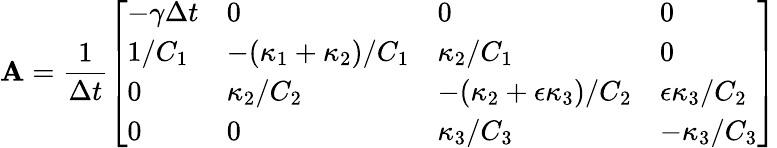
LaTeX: \mathbf{A}=\frac{1}{\Delta t}\left[\begin{array}{llll}{-\gamma\Delta t}&{0}&{0}&{0}\\ {1/C_{1}}&{-(\kappa_{1}+\kappa_{2})/C_{1}}&{\kappa_{2}/C_{1}}&{0}\\ {0}&{\kappa_{2}/C_{2}}&{-(\kappa_{2}+\epsilon\kappa_{3})/C_{2}}&{\epsilon\kappa_{3}/C_{2}}\\ {0}&{0}&{\kappa_{3}/C_{3}}&{-\kappa_{3}/C_{3}}\end{array}\right]